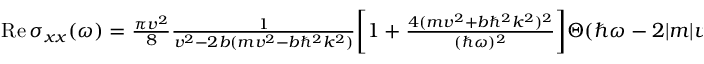
\begin{array} { r } { \mathrm { R e } \, \sigma _ { x x } ( \omega ) = \frac { \pi v ^ { 2 } } { 8 } \frac { 1 } { v ^ { 2 } - 2 b ( m v ^ { 2 } - b \hbar ^ { 2 } k ^ { 2 } ) } \bigg [ 1 + \frac { 4 ( m v ^ { 2 } + b \hbar ^ { 2 } k ^ { 2 } ) ^ { 2 } } { ( \hbar \omega ) ^ { 2 } } \bigg ] \Theta ( \hbar \omega - 2 | m | v ^ { 2 } ) } \end{array}